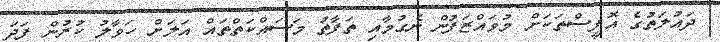
ދައުލަތުގެ އޮފީސްތަކަށް މުވައްޒަފުން ނެގުމާއި ތަފާތު މަސައްކަތްތައް އަލަށް ހަވާލު ކުރުން ފަދަ